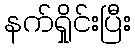
နက်ရှိုင်းပြီး